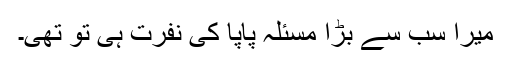
میرا سب سے بڑا مسئلہ پاپا کی نفرت ہی تو تھی۔